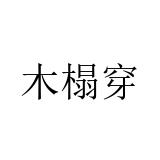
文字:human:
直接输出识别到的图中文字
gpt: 木榻穿